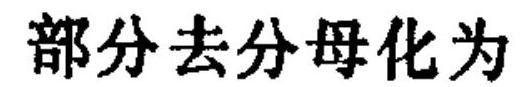
部分去分母化为